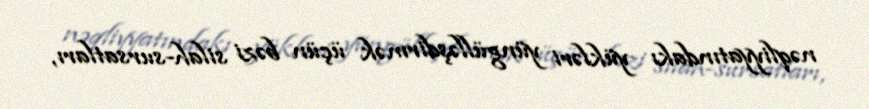
nəqliyyatındakı yükləri yüngülləşdirmək üçün bəzi silah-sursatları,